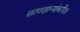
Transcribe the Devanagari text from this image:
छापखान्यांकरिता